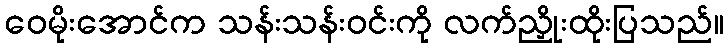
ဝေမိုးအောင်က သန်းသန်းဝင်းကို လက်ညှိုးထိုးပြသည်။